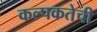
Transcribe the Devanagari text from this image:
कल्पकतेची